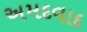
અમદવાદ